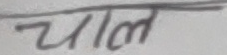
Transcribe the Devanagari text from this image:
चाल